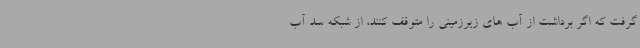
گرفت که اگر برداشت از آب های زیرزمینی را متوقف کنند، از شبکه سد آب